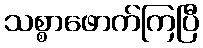
သစ္စာဖောက်ကြပြီ